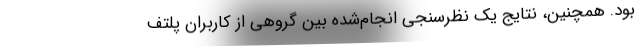
بود. همچنین، نتایج یک نظرسنجی انجام‌شده بین گروهی از کاربران پلتف